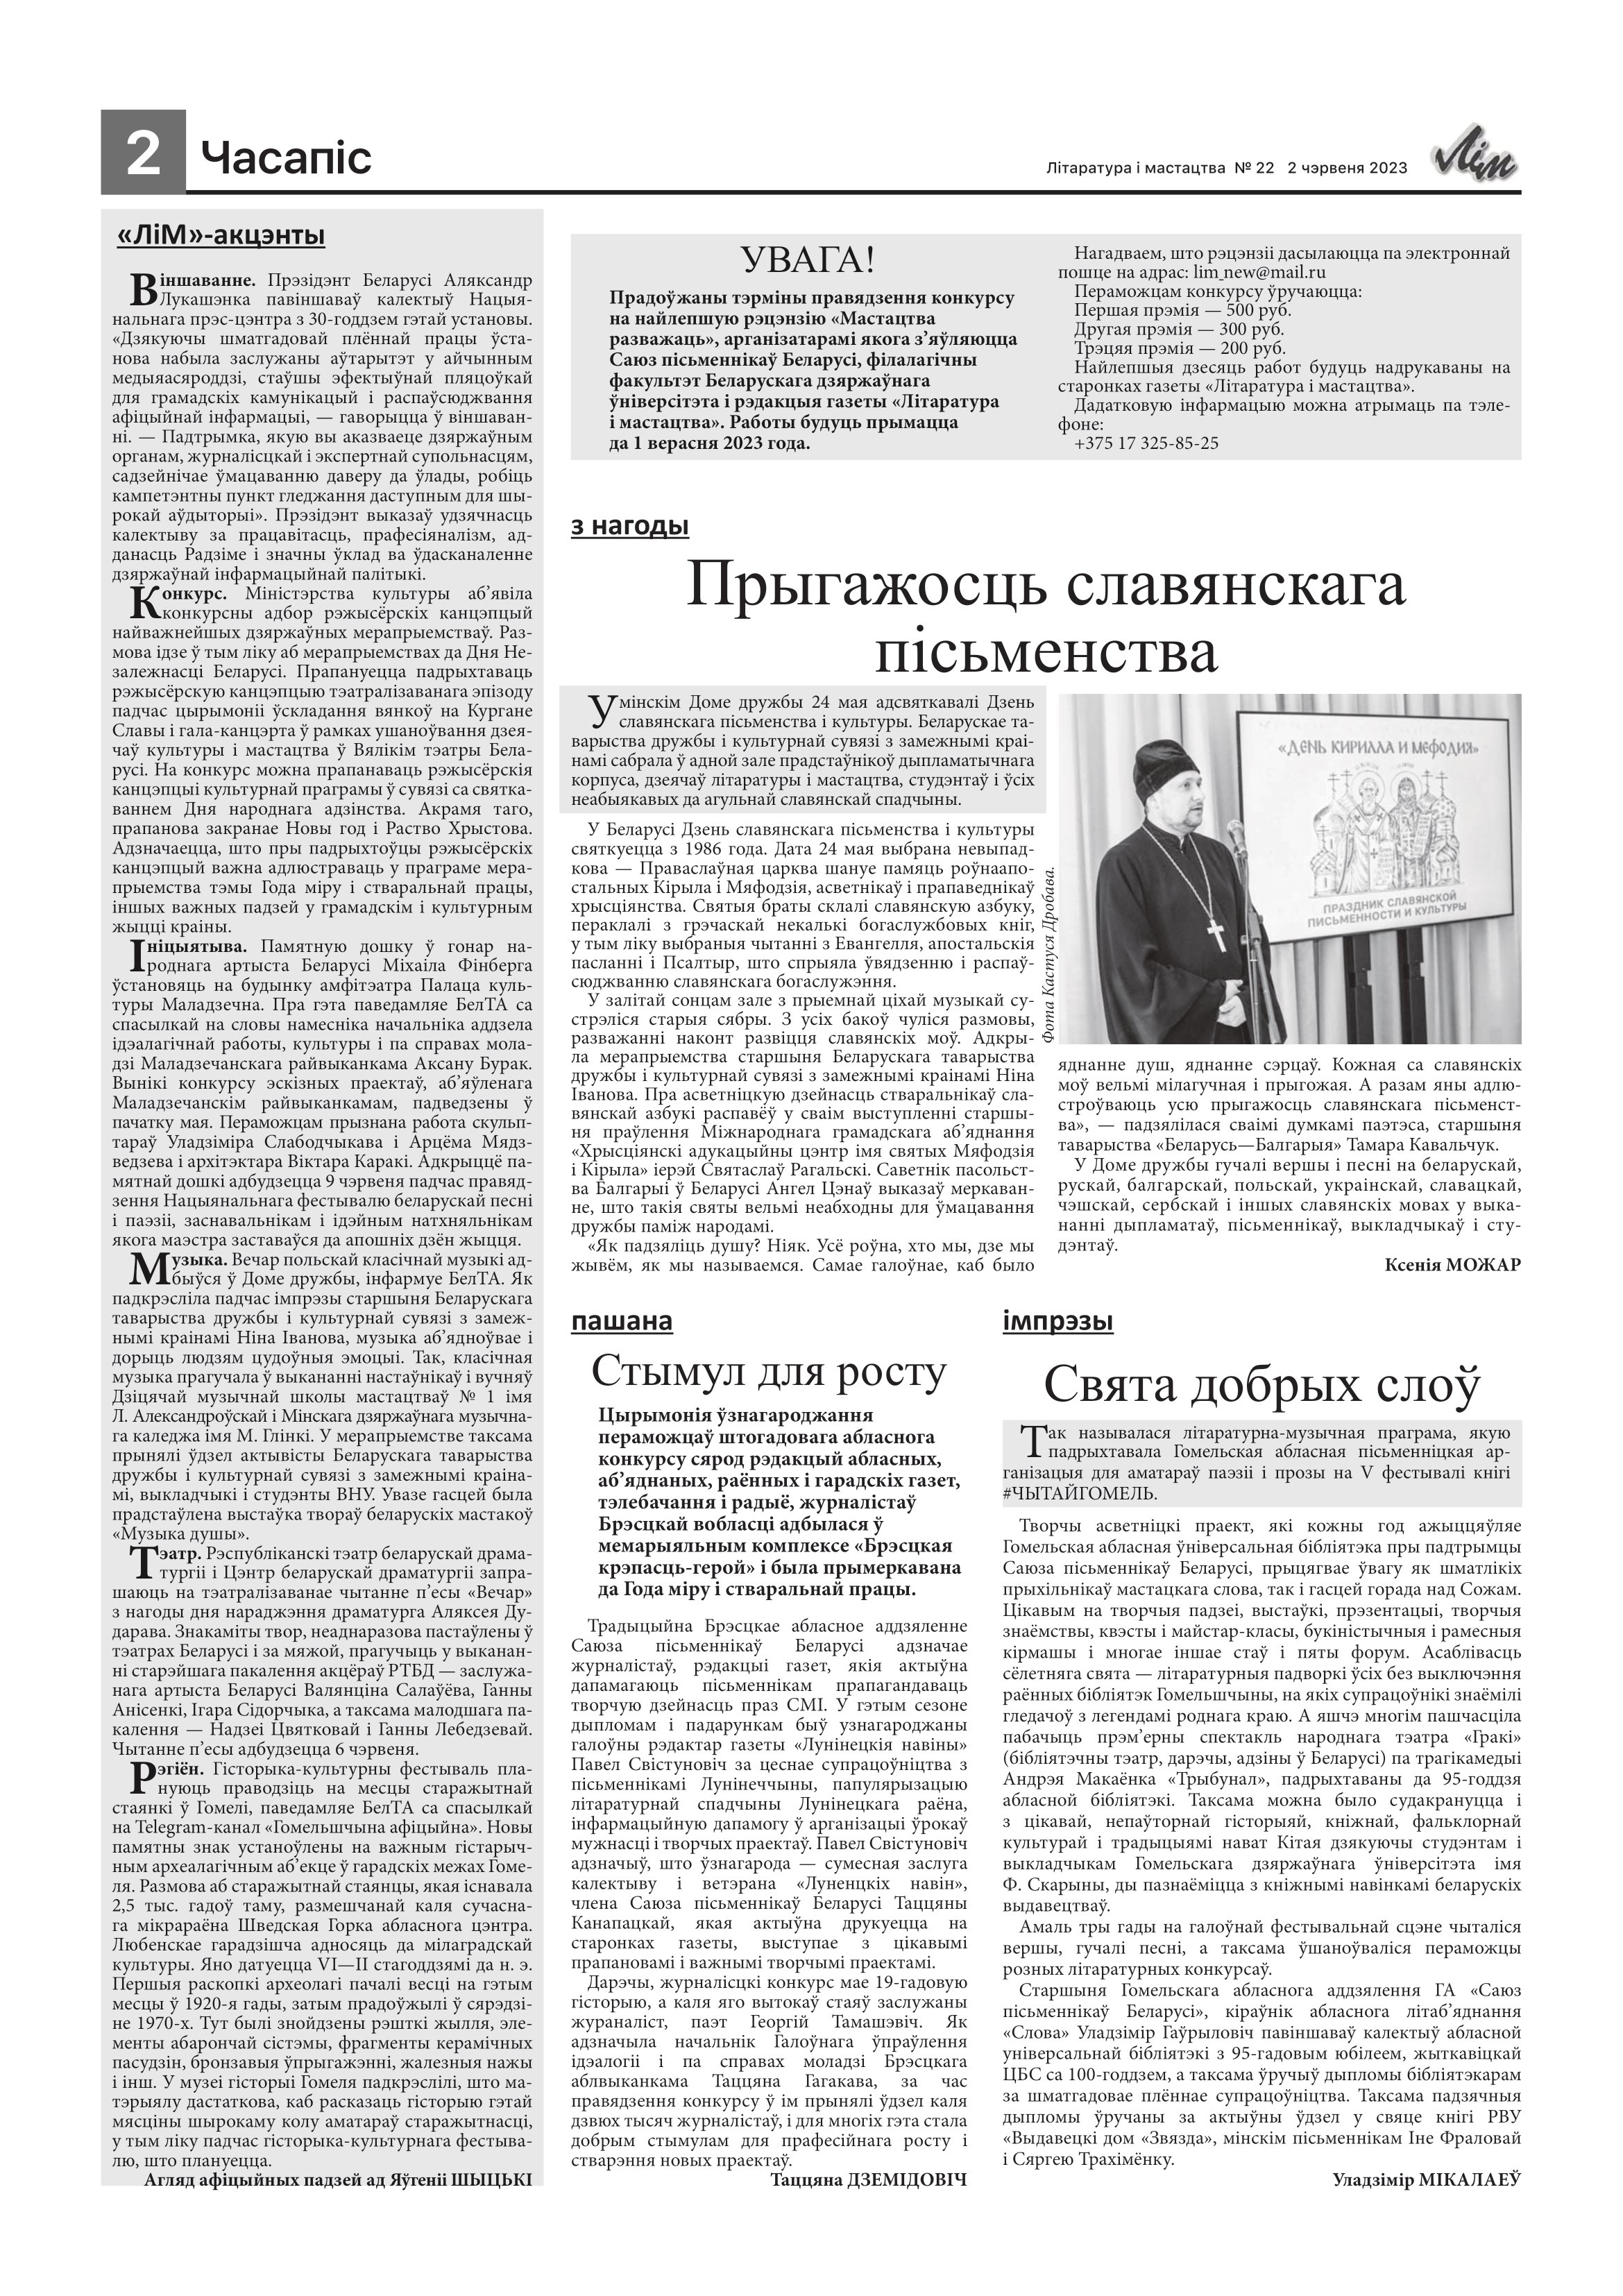
Language: be